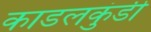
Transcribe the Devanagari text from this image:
काडलकुंडी